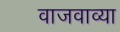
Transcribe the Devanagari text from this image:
वाजवाव्या